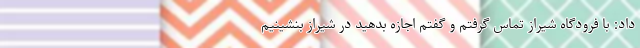
داد: با فرودگاه شیراز تماس گرفتم و گفتم اجازه بدهید در شیراز بنشینیم